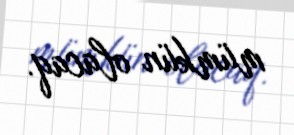
mümkün olacaq.